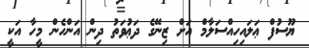
ޔޫސުފް ޢަލައިހިއްސަލާމް އަށް ޒިނޭގެ ދަޢުވަތު ދިން އަންހެން މީހާ އަކީ